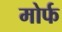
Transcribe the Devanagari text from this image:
मोर्फ